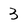
Character: 3